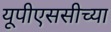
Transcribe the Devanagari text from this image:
यूपीएससीच्या